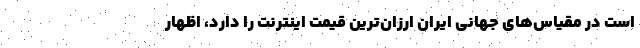
است در مقیاس‌های جهانی ایران ارزان‌ترین قیمت اینترنت را دارد، اظهار